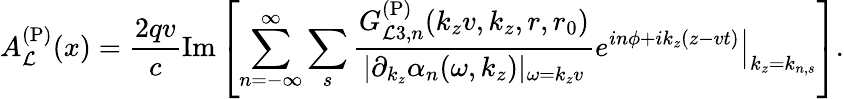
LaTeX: A_{\mathcal{L}}^{\mathrm{{(P)}}}(x)=\frac{{2qv}}{{c}}\mathrm{{Im}}\left[\sum_{n=-\infty}^{\infty}\sum_{s}\frac{{G_{\mathcal{L}3,n}^{\mathrm{{(P)}}}(k_{z}v,k_{z},r,r_{0})}}{{|\partial_{k_{z}}\alpha_{n}(\omega,k_{z})|_{\omega=k_{z}v}}}\left.e^{in\phi+ik_{z}(z-vt)}\right\vert_{k_{z}=k_{n,s}}\right].